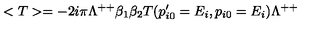
< T > = - 2 i \pi \Lambda ^ { + + } \beta _ { 1 } \beta _ { 2 } T ( p _ { i 0 } ^ { \prime } = E _ { i } , p _ { i 0 } = E _ { i } ) \Lambda ^ { + + }